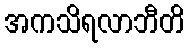
အကသိရလာဘီတိ